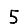
Digit: 5